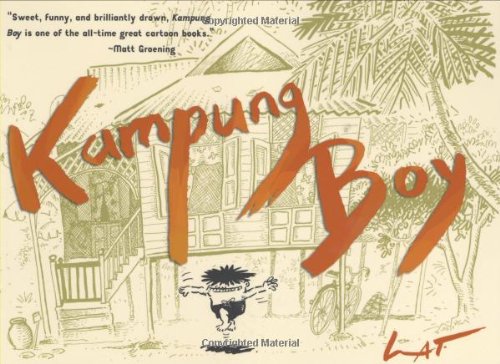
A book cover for Kampung Boy; Lat; Comics & Graphic Novels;